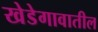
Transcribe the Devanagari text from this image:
खेडेगावातील